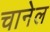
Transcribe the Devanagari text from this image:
चानेल